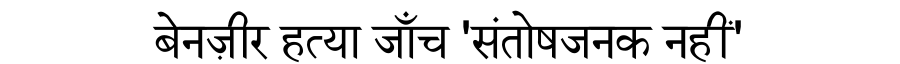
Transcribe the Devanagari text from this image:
बेनज़ीर हत्या जाँच 'संतोषजनक नहीं'